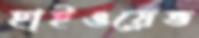
হাইওয়েভ